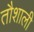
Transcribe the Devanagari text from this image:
तौशाली